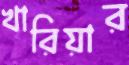
খারিয়ার